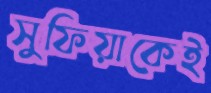
সুফিয়াকেই